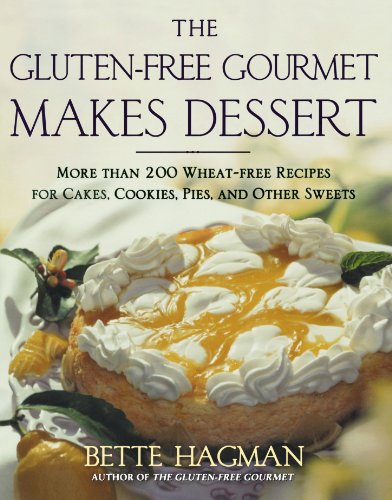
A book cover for The Gluten-free Gourmet Makes Dessert: More Than 200 Wheat-free Recipes for Cakes, Cookies, Pies and Other Sweets; Bette Hagman; Cookbooks, Food & Wine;